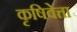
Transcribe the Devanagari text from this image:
कृषिवेत्ता